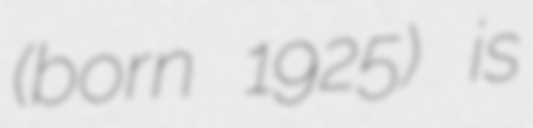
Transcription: (born 1925) is